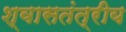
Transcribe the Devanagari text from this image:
श्वासतंत्रीय